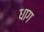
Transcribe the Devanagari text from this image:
धाग